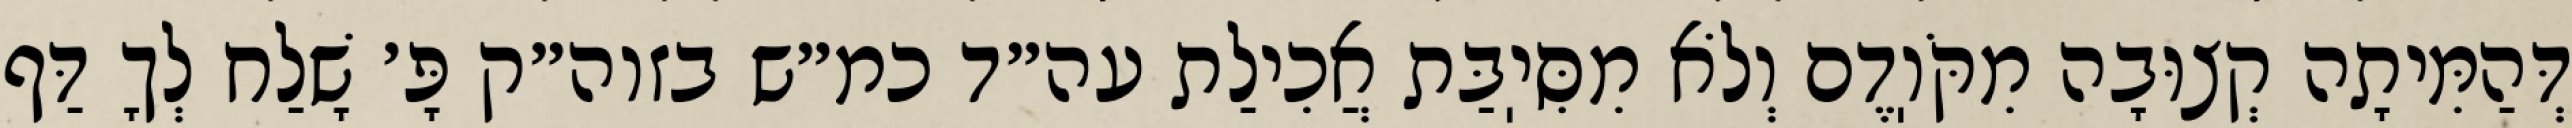
דְּהַמִּיתָה קְצוּבָה מִקֹּוֽדֶם וְלֹא מִסִּיֽבַּת אֲכִילַת עה״ד כמ״ש בזוה״ק פָּ׳ שָׁלַח לְךָ דַּף